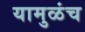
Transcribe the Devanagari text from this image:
यामुळंच